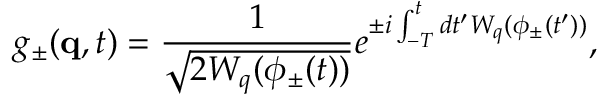
g _ { \pm } ( { \bf q } , t ) = \frac { 1 } { \sqrt { 2 W _ { q } ( \phi _ { \pm } ( t ) ) } } e ^ { \pm i \int _ { - T } ^ { t } d t ^ { \prime } W _ { q } ( \phi _ { \pm } ( t ^ { \prime } ) ) } ,